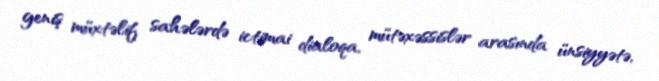
geniş müxtəlif sahələrdə ictimai dialoqa, mütəxəssislər arasında ünsiyyətə,